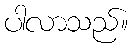
ပါလာသည်။